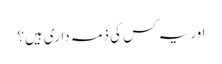
اور یہ کس کی ذمہ داری ہیں؟